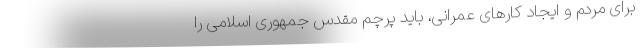
برای مردم و ایجاد کار‌های عمرانی، باید پرچم مقدس جمهوری اسلامی را